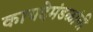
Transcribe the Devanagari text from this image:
कायदेमंडळांनी